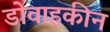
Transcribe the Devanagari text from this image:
डोवाहकीन